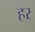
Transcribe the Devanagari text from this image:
हर